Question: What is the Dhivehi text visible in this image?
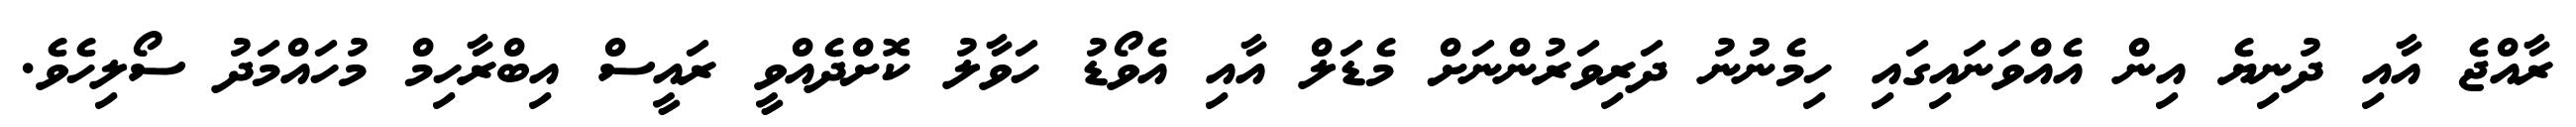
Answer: ރާއްޖެ އާއި ދުނިޔެ އިން އެއްވަނައިގައި ހިމެނުނު ދަރިވަރުންނަށް މެޑަލް އާއި އެވޯޑު ހަވާލު ކޮށްދެއްވީ ރައީސް އިބްރާހިމް މުހައްމަދު ސޯލިހެވެ.